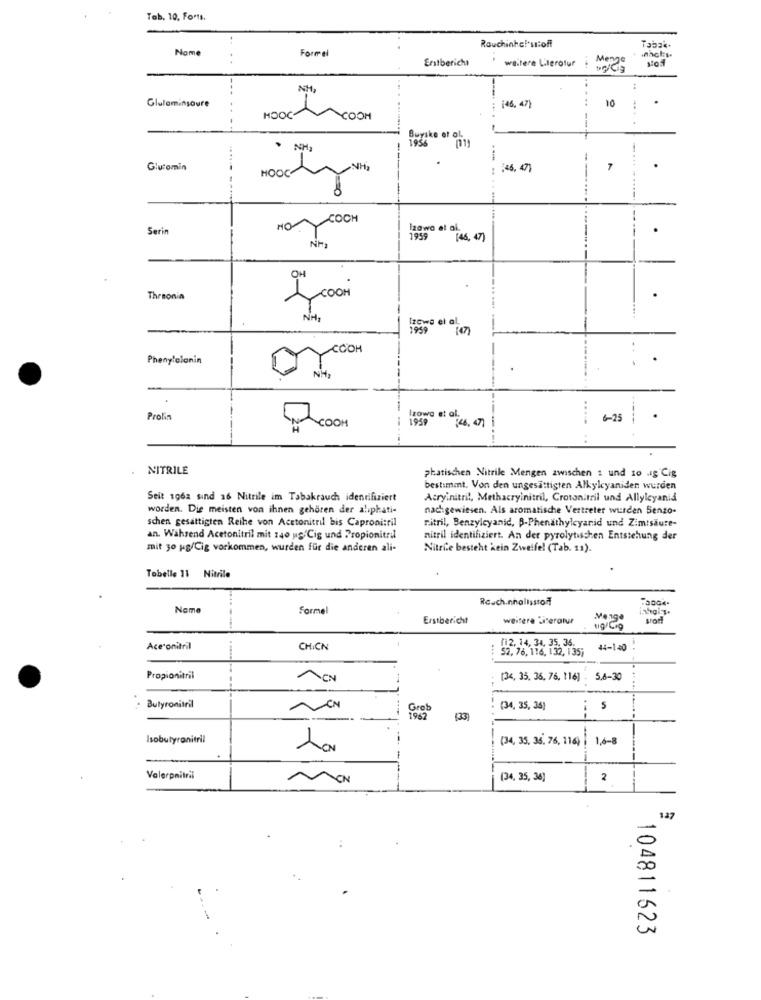
Tab. 10, Forti.
Name
Formel
nach:s.
Tabak.
..
Erstbericht
weitere Literotur ; Menge
--
44
10
Glutaminsaure
(46, 47]
.....
...
HOOC
ROOH
--
Buyske et ol
.
NH
Glutamin
HOOC
: : 45, 7]
.
---
KOCH
Serin
HO
izawa et al.
1959
[46, 47]
OH
COOH
Thesonia
NH
Izowe el al
1959
CCOH
Phenylelanin
NH.
Prolin
1959
lzowa et al.
COM
NITRILE
phatischen Nitrile Mengen zwischen 1 und 10 .1g Cig
bestimmt. Von den ungesättigten Alkylcyaniden wurden
Seit 1962 sind 16 Nitrile im Tabakrauch identifiziert
Acrylnitril, Methacryinitril, Crotonitril und Allylcyanid
worden. Die meisten von ihnen gehören der aliphati-
nachgewiesen. Als aromatische Vertreter wurden Senzo-
schen gesättigten Reihe von Acetonitril bis Capronitril
nitril, Benzylcyanid, B-Phenathylcyanid und Zimtsäure-
an. Während Acetonitril mit 140 up.Cig und Propionitril
nitril identifiziert. An der pyrolytischen Entstehung der
mit 30 pg/Cig vorkommen, wurden für die anderen ali-
Nitrile besteht kein Zweifel (Tab. 11).
Tobelle 11 Nitrile
Rauch.nhallsstof
Name
Formel
.....
Erstbericht
weitere Literatur
Menge
srod
(12, 14, 34, 35. 36.
Ace'onitril
CHICN
52, 76, 116, 132, 135;
44-140
Propionitril
(34, 35, 36, 76, 116]
5,8-30
Butyronitril
Greb
(34, 35, 35)
S
1962
[33]
Isobutyronitril
(34, 35, 36, 76, 116) |
1,6-8
1
Volerpnitril
(34, 35, 36)
2
137
-
0
104811623